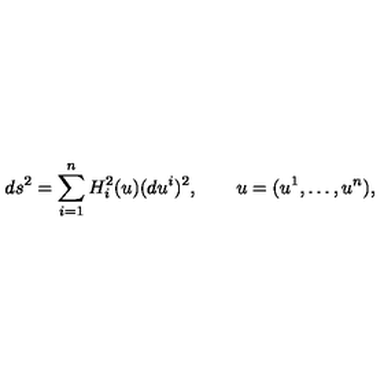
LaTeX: d s ^ { 2 } = \sum _ { i = 1 } ^ { n } H _ { i } ^ { 2 } ( u ) ( d u ^ { i } ) ^ { 2 } , \qquad u = ( u ^ { 1 } , \ldots , u ^ { n } ) ,